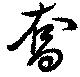
奪